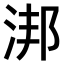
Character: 𣵮